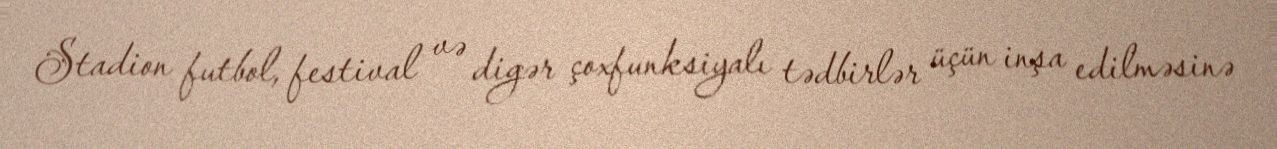
Stadion futbol, festival və digər çoxfunksiyalı tədbirlər üçün inşa edilməsinə